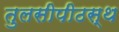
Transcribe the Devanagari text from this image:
तुलसीपीठस्थ